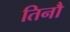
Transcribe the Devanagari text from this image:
तिनौ